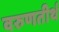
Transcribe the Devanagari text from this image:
वरुणतीर्थ